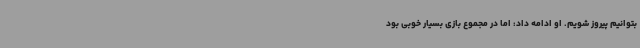
بتوانیم پیروز شویم. او ادامه داد: اما در مجموع بازی بسیار خوبی بود